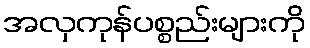
အလှကုန်ပစ္စည်းများကို